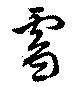
雪